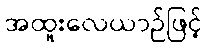
အထူးလေယာဉ်ဖြင့်